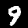
Digit: 9